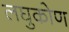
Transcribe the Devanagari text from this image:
लघुकोण